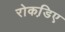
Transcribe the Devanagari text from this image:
रोकडि़ए